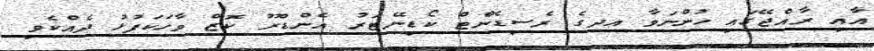
އާއި ރާއްޖޭގައި ހުންނަވާ އދގެ ރެސިޑެންޓް ކޯޑިނޭޓަރު އެންޑްރޫ ކޮޒް ވާހަކަފުޅު ދެއްކެވި